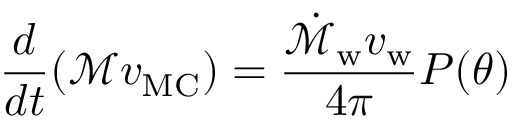
\frac { d } { d t } ( \mathcal { M } v _ { \mathrm { M C } } ) = \frac { \dot { \mathcal { M } } _ { \mathrm { w } } v _ { \mathrm { w } } } { 4 \pi } P ( \theta )